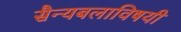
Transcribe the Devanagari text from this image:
सैन्यबलाविषयी